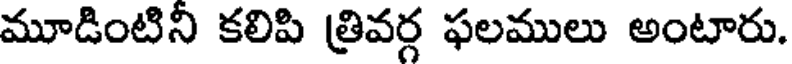
మూడింటిని కలిపి త్రివర్గ ఫలములు అంటారు.